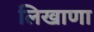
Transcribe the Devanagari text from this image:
लिखाणा